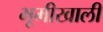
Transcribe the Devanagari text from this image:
भूमीखाली